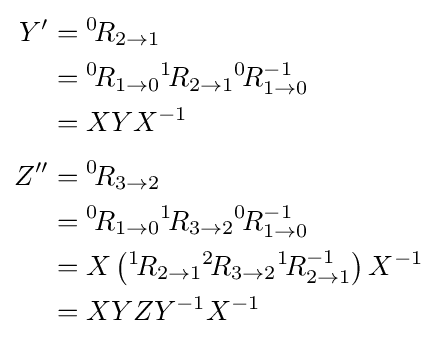
{\begin{aligned}Y'&={}^{0}\!R_{2\rightarrow 1}\\&={}^{0}\!R_{1\rightarrow 0}{}^{1}\!R_{2\rightarrow 1}{}^{0}\!R_{1\rightarrow 0}^{-1}\\&=XYX^{-1}\\[3pt]Z''&={}^{0}\!R_{3\rightarrow 2}\\&={}^{0}\!R_{1\rightarrow 0}{}^{1}\!R_{3\rightarrow 2}{}^{0}\!R_{1\rightarrow 0}^{-1}\\&=X\left({}^{1}\!R_{2\rightarrow 1}{}^{2}\!R_{3\rightarrow 2}{}^{1}\!R_{2\rightarrow 1}^{-1}\right)X^{-1}\\&=XYZY^{-1}X^{-1}\end{aligned}}